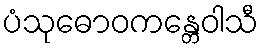
ပံသုဓောဝကန္တေဝါသီ